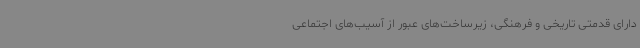
دارای قدمتی تاریخی و فرهنگی، زیرساخت‌های عبور از آسیب‌های اجتماعی